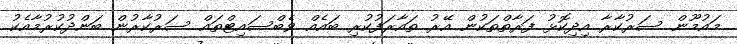
މައުމޫން ސަރުކާރާ އިދިކޮޅު ފަރާތްތަކުން އޭރު ތައާރަފުކުރި ބައެއް ވެބްސައިޓްތައް ސަރުކާރުން ބަންދުކުރުމާއެކު